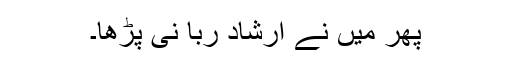
پھر میں نے ارشادِ ربّا نی پڑھا۔